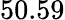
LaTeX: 50.59